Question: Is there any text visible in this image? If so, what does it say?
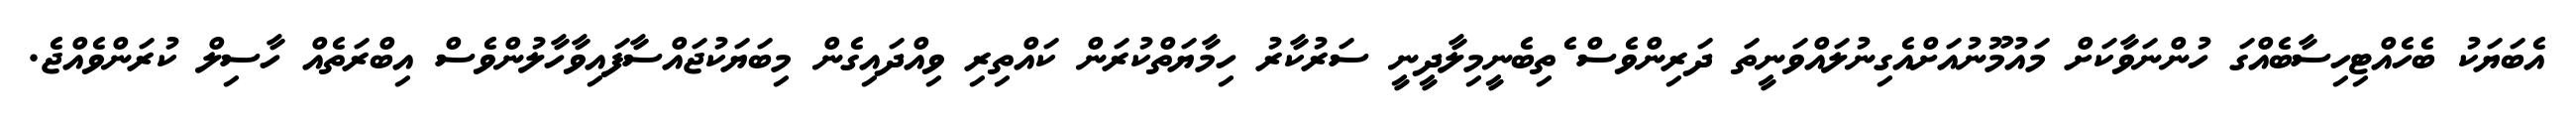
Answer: އެބަޔަކު ބެހެއްޓިހިސާބެއްގަ ހުންނަވާކަށް މައުމޫނުއަށްއެގިނުލައްވަނީތަ ދަރިންވެސް ެތިބެނީމިލާދީނީ ސަރުކާރު ހިމާޔަތްކުރަން ކައްތިރި ވިއްދައިގެން މިބަޔަކުޖައްސާފައިވާހާލުންވެސް އިބްރަތެއް ހާސިލް ކުރަންވެއްޖެ.